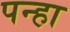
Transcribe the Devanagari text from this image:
पन्हा